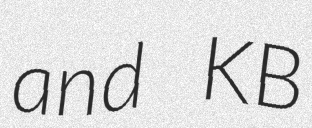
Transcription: and KB